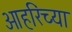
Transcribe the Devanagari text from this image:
ओहरिंच्या